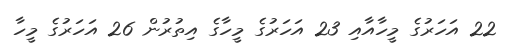
22 އަހަރުގެ މީހާއާއި 23 އަހަރުގެ މީހާގެ އިތުރުން 26 އަހަރުގެ މީހާ